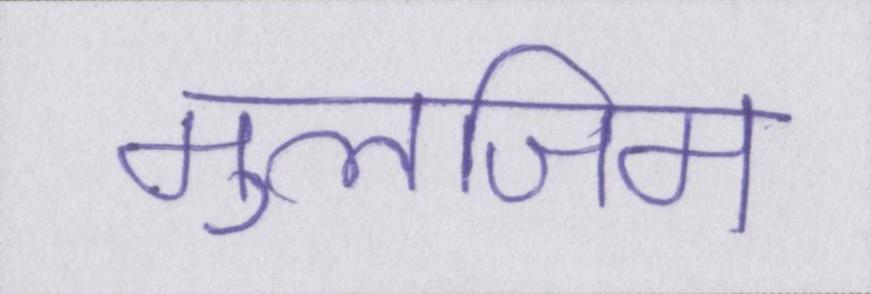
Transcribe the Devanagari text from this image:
मुलजिम